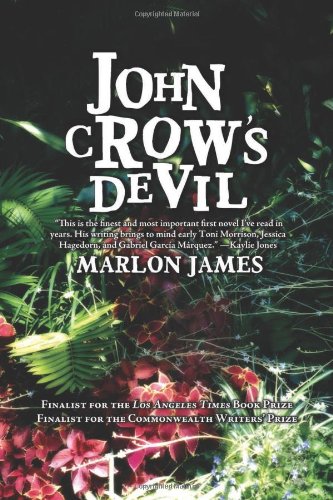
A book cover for John Crow's Devil; Marlon James; Religion & Spirituality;